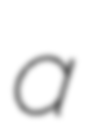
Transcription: a